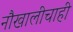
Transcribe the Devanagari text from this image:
नौखालीचाही